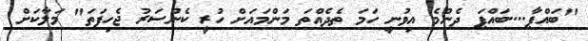
"ބައްޕާ....ބައްޕަ ދެންމެ އިވުނީ ހަމަ ތެދެއްތަ މަންމައަށް ހުރީ ކެންސަރު ޖެހިފަތަ" މަލާކަށް